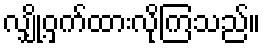
လျှို့ဝှက်ထားလိုကြသည်။